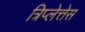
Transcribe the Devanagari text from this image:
त्रिप्लेत्तेस